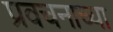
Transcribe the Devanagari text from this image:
प्रवचनाच्या